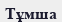
Тұмша